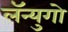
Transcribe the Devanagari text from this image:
लॅन्युगो